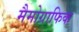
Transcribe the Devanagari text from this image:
मैमोग्राफिक